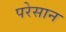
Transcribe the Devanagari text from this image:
परेसान